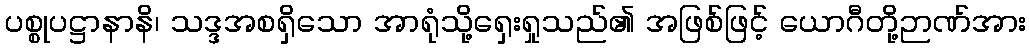
ပစ္စုပဋ္ဌာနာနိ၊ သဒ္ဒအစရှိသော အာရုံသို့ရှေးရှုသည်၏ အဖြစ်ဖြင့် ယောဂီတို့ဉာဏ်အား